Structure of Hæmatopota pluvialis (Meigen) - Number 55
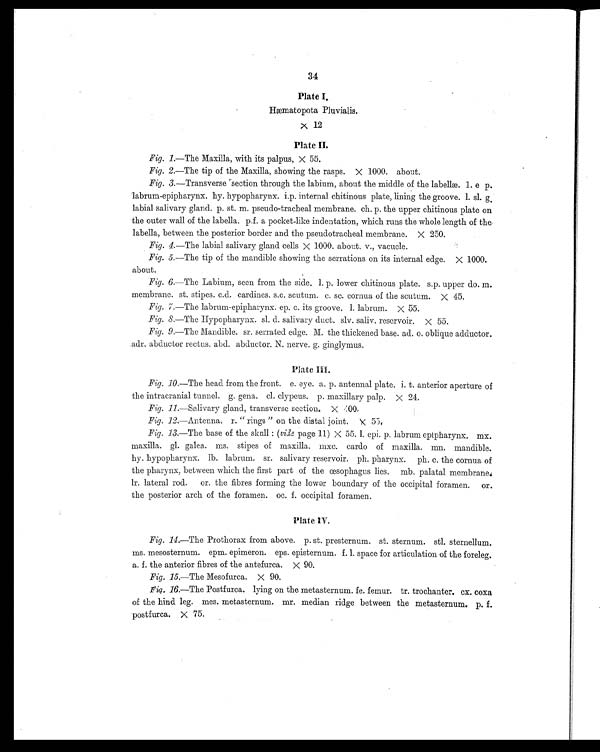
34
Plate I.
Hæmatopota Pluvialis.
X 12
Plate II
Fig. 1.—The Maxilla, with its palpus, X 55.
Fig. 2.—The tip of the Maxilla, showing the rasps. X 1000. about.
Fig. 3.—Transverse section through the labium, about the middle of the labellæ. 1. e p.
labrum-epipharynx. hy. hypopharynx. i.p. internal chitinous plate, lining the groove. 1.sl. g.
labial salivary gland. p. st. m. pseudo-tracheal membrane. ch. p. the upper chitinous plate on
the outer wall of the labella. p.f. a pocket-like indentation, which runs the whole length of the
labella, between the posterior border and the pseudotracheal membrane. X 250.
Fig. 4.—The labial salivary gland cells X 1000. about. v., vacucle.
Fig. 5.—The tip of the mandible showing the serrations on its internal edge. X 1000.
about.
Fig. 6.—The Labium, seen from the side. 1. p. lower chitinous plate. s.p. upper do. m.
membrane. st. stipes. c.d. cardines. s.c. scutum. c. sc. cornua of the scutum. X 45.
Fig. 7.—The labrum-epipharynx. ep. c. its groove. 1. labrum. X 55.
Fig. 8.—The Hypopharynx. sl. d. salivary duct. slv. saliv. reservoir. X 55.
Fig. 9 .—The Mandible. sr. serrated edge. M. the thickened base. ad. o. oblique adductor.
adr. abductor rectus. abd. abductor. N. nerve. g. ginglymus.
Plate III
Fig. 10.—The head from the front. e. eye. a. p. antennal plate. i. t. anterior aperture of
the intracranial tunnel. g. gena. cl. clypeus. p. maxillary palp. X 24.
Fig. 11.—Salivary gland, transverse section, X 400.
Fig. 12.—Antenna. r. "rings" on the distal joint. X 55.
Fig. 13.—The base of the skull: ( vide page 11) X 55. 1. epi. p. labrum epipharynx. mx.
maxilla. gl. galea. stipes of maxilla. mxc. cardo of maxilla. mn. mandible.
hy. hypopharynx. lb. labrum. sr. salivary reservoir. ph. pharynx. ph. c. the cornua of
the pharynx, between which the first part of the œsophagus lies. mb. palatal membrane
. lr. lateral rod. or. the fibres forming the lower boundary of the occipital foramen. or.
the posterior arch of the foramen. oc. f. occipital foramen.
Plate IV.
Fig. 14.—The Prothorax from above. p. st. presternum. st. sternum. stl. sternellum. ms.
mesosternum. epm. epimeron. eps. episternum. f. l. space for articulation of the foreleg.
a. f. the anterior fibres of the antefurca. X 90.
Fig. 15.-The Mesofurca. X 90.
Fig. 16.—The Postfurca. lying on the metasternum. fe. femur. tr. trochanter. cx. coxa
of the hind leg. mes. metasternum. mr. median ridge between the metasternum. p. f.
postfurca. X 75.